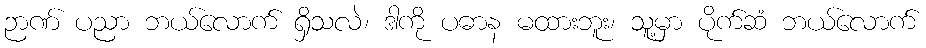
ဉာဏ် ပညာ ဘယ်လောက် ရှိသလဲ၊ ဒါကို ပဓာန မထားဘူး၊ သူ့မှာ ပိုက်ဆံ ဘယ်လောက်